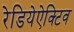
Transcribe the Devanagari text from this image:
रेडियेऐक्टिव